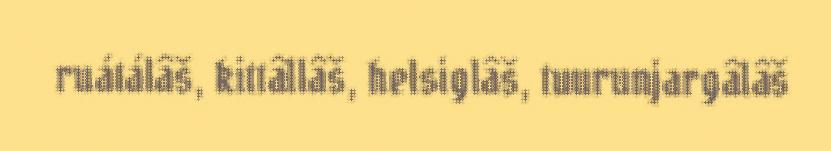
ruátálâš, kittâllâš, helsiglâš, tuurunjargâlâš